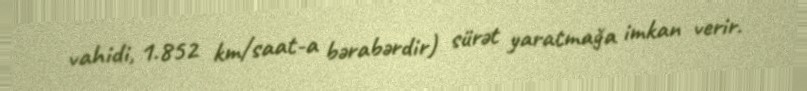
vahidi, 1.852 km/saat-a bərabərdir) sürət yaratmağa imkan verir.